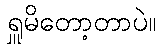
ရှူမိတော့တာပဲ။